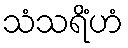
သံသရိံဟံ